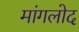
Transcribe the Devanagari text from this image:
मांगलोद